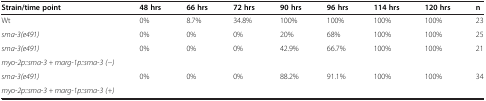
| Strain/time point | 48 hrs | 66 hrs | 72 hrs | 90 hrs | 96 hrs | 114 hrs | 120 hrs | n |
 | --- | --- | --- | --- | --- | --- | --- | --- | --- |
 | Wt | 0% | 8.7% | 34.8% | 100% | 100% | 100% | 100% | 23 |
 | sma-3(e491) | 0% | 0% | 0% | 20% | 68% | 100% | 100% | 25 |
 | sma-3(e491) | <ROWSPAN=2> 0% | <ROWSPAN=2> 0% | <ROWSPAN=2> 0% | <ROWSPAN=2> 42.9% | <ROWSPAN=2> 66.7% | <ROWSPAN=2> 100% | <ROWSPAN=2> 100% | <ROWSPAN=2> 21 |
 | myo-2p::sma-3 + marg-1p::sma-3 (−) |
 | sma-3(e491) | <ROWSPAN=2> 0% | <ROWSPAN=2> 0% | <ROWSPAN=2> 0% | <ROWSPAN=2> 88.2% | <ROWSPAN=2> 91.1% | <ROWSPAN=2> 100% | <ROWSPAN=2> 100% | <ROWSPAN=2> 34 |
 | myo-2p::sma-3 + marg-1p::sma-3 (+) |